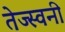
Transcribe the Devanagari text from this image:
तेज्स्वनी